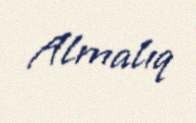
Almalıq